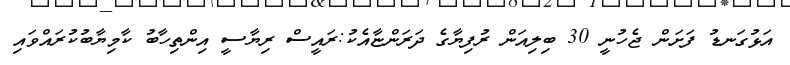
އަޅުގަނޑު ފަށަން ޖެހުނީ 30 ބިލިއަން ރުފިޔާގެ ދަރަންޏާއެކު:ރައީސް ރިޔާސީ އިންތިހާބު ކާމިޔާބުކުރައްވައި